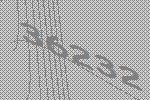
36232